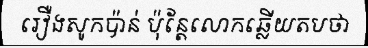
រឿងសូកប៉ាន់ ប៉ុន្តែលោកឆ្លើយតបថា